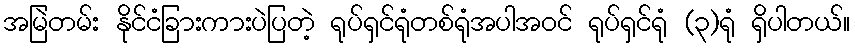
အမြဲတမ်း နိုင်ငံခြားကားပဲပြတဲ့ ရုပ်ရှင်ရုံတစ်ရုံအပါအဝင် ရုပ်ရှင်ရုံ (၃)ရုံ ရှိပါတယ်။